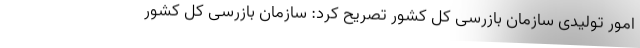
امور تولیدی سازمان بازرسی کل کشور تصریح کرد: سازمان بازرسی کل کشور